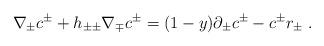
LaTeX: \begin{align*}\nabla_\pm c^\pm+ h_{\pm\pm} \nabla_\mp c^\pm =(1-y)\partial_\pm c^\pm -c^\pm r_\pm \ .\end{align*}